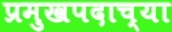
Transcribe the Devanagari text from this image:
प्रमुखपदाच्या